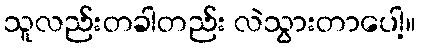
သူလည်းတခါတည်း လဲသွားတာပေါ့။